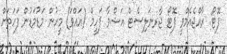
ފޮޓޯ: ރާއްޖެއެމްވީ ފޮޓޯ ޖާރނަލިސްޓް އަޝްވާ ފަހީމް (އައްވަ) މީހުން މަޑުމަޑުން ފަހަތަށް